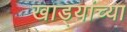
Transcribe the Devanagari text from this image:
खाड्यांच्या